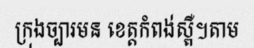
ក្រុងច្បារមន ខេត្តកំពង់ស្ពឺ។តាម